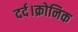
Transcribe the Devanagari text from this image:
दर्द।क्रोनिक